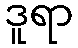
ဒူရာ